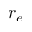
r _ { e }